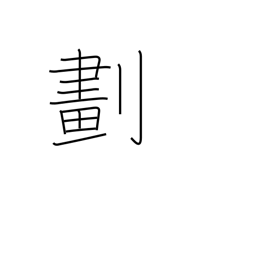
Meaning: divide